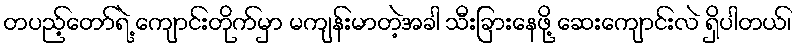
တပည့်တော်ရဲ့ ကျောင်းတိုက်မှာ မကျန်းမာတဲ့အခါ သီးခြားနေဖို့ ဆေးကျောင်းလဲ ရှိပါတယ်၊